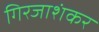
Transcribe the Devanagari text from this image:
गिरजाशंकर